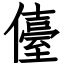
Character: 儓